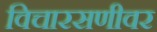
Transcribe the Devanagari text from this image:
विचारसणीवर